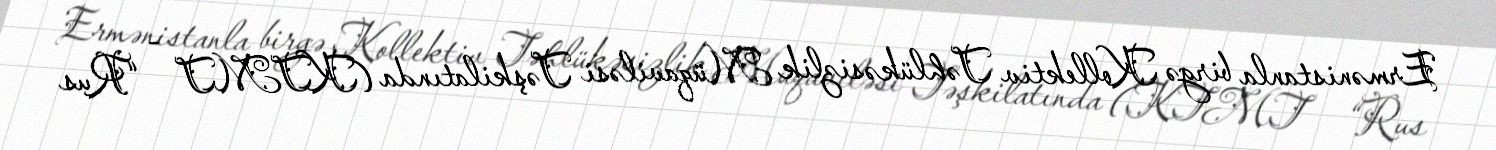
Ermənistanla birgə Kollektiv Təhlükəsizlik Müqaviləsi Təşkilatında (KTMT - “Rus